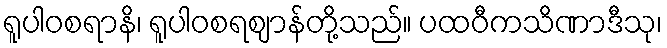
ရူပါဝစရာနိ၊ ရူပါဝစရဈာန်တို့သည်။ ပထဝီကသိဏာဒီသု၊